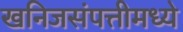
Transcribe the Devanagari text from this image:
खनिजसंपत्तीमध्ये